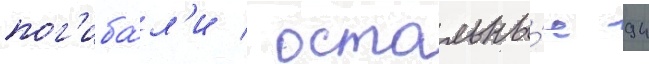
пог'иба́л'и / остальны́е 94